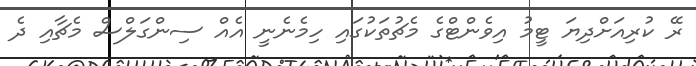
ރޭ ކުރިއަށްދިޔަ ޓީމު އިވެންޓްގެ މެޗުތަކުގައި ހިމެނެނީ އެއް ސިންގަލްސް މެޗާއި ދެ